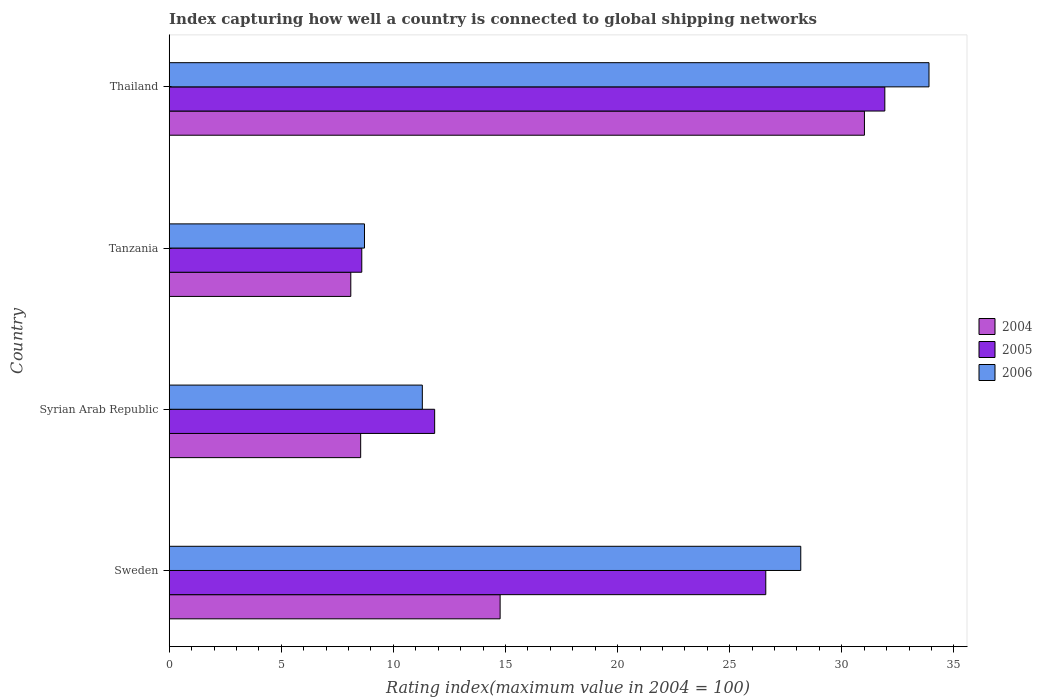
| Country | 2004 | 2005 | 2006 |
 | --- | --- | --- | --- |
 | Sweden | 14.8 | 26.6 | 28.2 |
 | Syrian Arab Republic | 8.54 | 11.8 | 11.3 |
 | Tanzania | 8.1 | 8.59 | 8.71 |
 | Thailand | 31 | 31.9 | 33.9 |